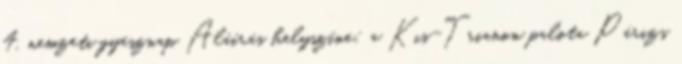
4. nemzeti gyásznap Aláírás helyszíne: a Kis-Trianon palota Párizs